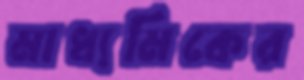
মাধ্যমিকের